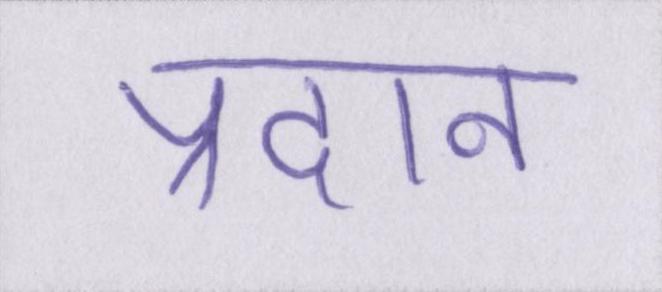
प्रदान